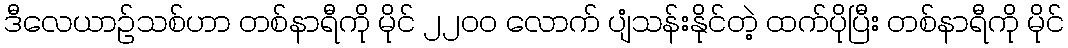
ဒီလေယာဉ်သစ်ဟာ တစ်နာရီကို မိုင် ၂၂၀၀ လောက် ပျံသန်းနိုင်တဲ့ ထက်ပိုပြီး တစ်နာရီကို မိုင်